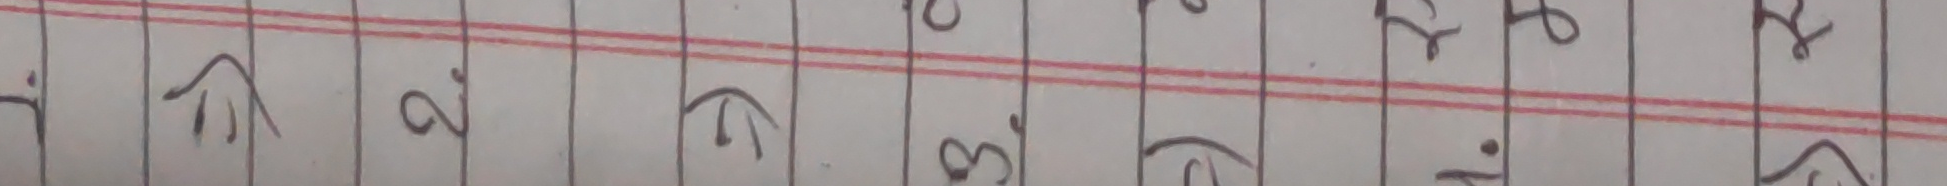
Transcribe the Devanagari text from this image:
१७२५८९०४३८